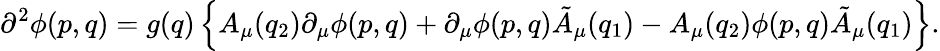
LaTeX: \partial^{2}\phi(p,q)=g(q)\left\{ A_{\mu}(q_{2})\partial_{\mu}\phi(p,q)+\partial_{\mu}\phi(p,q)\tilde{A}_{\mu}(q_{1})-A_{\mu}(q_{2})\phi(p,q)\tilde{A}_{\mu}(q_{1})\right\} .